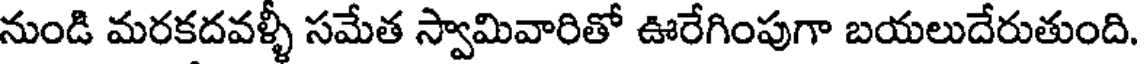
నుండి మరకదవళ్ళీ సమేత స్వామివారితో ఊరేగింపుగా బయలుదేరుతుంది.